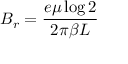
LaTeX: B _ { r } = \frac { e \mu \log { 2 } } { 2 \pi \beta L }